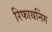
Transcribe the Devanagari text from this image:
रिफायनिंग